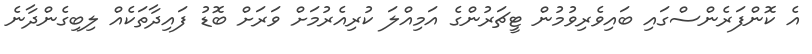
އެ ކޮންފަރެންސްގައި ބައިވެރިވުމުން ޓީޗަރުންގެ އަމިއްލަ ކުރިއެރުމަށް ވަރަށް ބޮޑު ފައިދާތަކެއް ލިބިގެންދާނެ